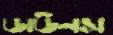
ডাউনস